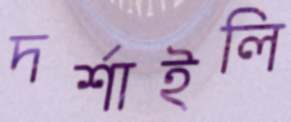
দর্শাইলি